Vaccination report Assam 1896-1927 - 1896-1927
Year: 1896
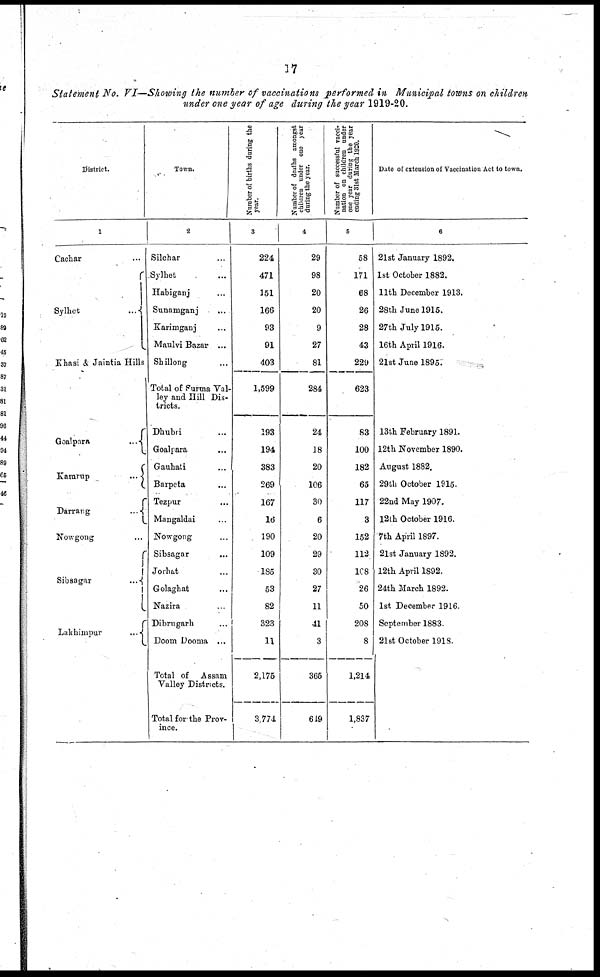
17
Statement No. VI—Showing the number of vaccinations performed in Municipal towns on children
under one year of age during the year 1919-20.
District.
1
Cachar ...
Sylhet
...
Khasi & Jaintia Hills
Goalpara
...
Kamrup
...
Darrang
...
Nowgong ...
Sibsagar
...
Lakhimpur
...
Town.
2
Silchar ...
Sylhet ...
Habiganj ...
Sunamganj ...
Karimaganj ...
Maulvi Bazar ...
Shillong ...
Total of Surma Val-
ley and Hill Dis-
tricts.
Dhubli ...
Goalpara ...
Gauhati ...
Barpeta ...
Tezpur ...
Mangaldai ...
Nowgong ...
Sibsagar ...
Jorhat ...
Golaghat ...
Nazira ...
Dibrugarh ...
Doom Dooma ...
Total of Assam
Valley Districts.
Total for the Prov-
ince.
Number of births during the
year.
3
224
471
151
166
93
91
403
1,599
193
194
383
269
167
16
190
109
185
53
82
323
11
2,175
3,774
Number of deaths amongst
children under one year
during the year.
4
29
98
20
20
9
27
81
284
24
18
20
106
30
6
20
29
30
27
11
41
3
365
649
Number of successful vacci-
nation on children under
one year during the year
ending 31st March 1920.
5
58
171
68
26
28
43
229
623
83
100
182
65
117
3
152
112
108
26
50
208
8
1,214
1,837
Date of extension of Vaccination Act to town.
6
21st January 1892.
1st October 1882.
11th December 1913.
28th June 1915.
27th July 1915.
16th April 1916.
21st June 1895.
13th February 1891.
12th November 1890.
August 1882.
29th October 1915.
22nd May 1907.
12th October 1916.
7th April 1897.
21st January 1892.
12th April 1892.
24th March 1892.
1st December 1916.
September 1883.
21st October 1918.